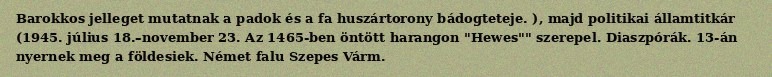
Barokkos jelleget mutatnak a padok és a fa huszártorony bádogteteje. ), majd politikai államtitkár (1945. július 18.–november 23. Az 1465-ben öntött harangon "Hewes"" szerepel. Diaszpórák. 13-án nyernek meg a földesiek. Német falu Szepes Várm.